Civil Veterinary Department. United Provinces 1912-22 - 1912-1922
Year: 1912
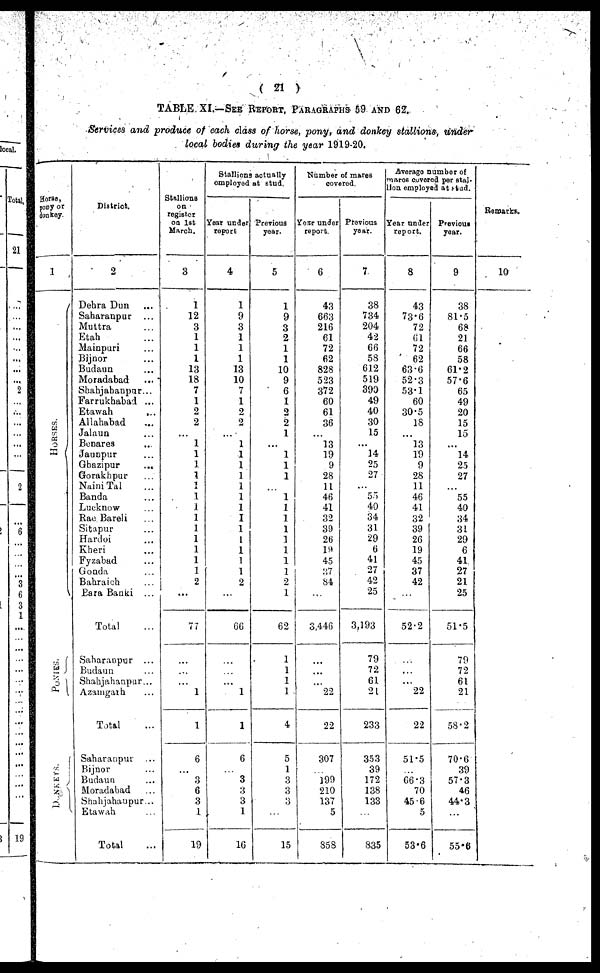
(21)
TABLE XI.—SEE REPORT, PARAGRAPHS 59 AND 62.
Services and produce of each class of horse, pony, and donkey stallions, under
local bodies during the year 1919-20.
Horse,
pony or
donkey
1
HORSES.
PONIES.
DONKEY
District.
2
Dehra Dun ...
Saharanpur ...
Muttra
...
Etah
...
Mainpuri ...
Bijnor ...
Budaun ...
Moradabad ...
Shahjahanpar ...
Farrukhabad ...
Etawah ...
Allahabad ...
Jalaun ...
Benares ...
Jaunpur ...
Ghazipur
...
Gorakhpur ...
Naini Tal ...
Banda ...
Lucknow ...
Rae Bareli ...
Sitapur ...
Hardoi ...
Kheri ...
Fyzabad ...
Gonda ...
Bahraich ...
Bara Banki ...
Total ...
Saharanpur ....
Budaun ...
Shahjahanpur...
Azamgarh ...
Total
...
Saharanpur ...
Bijnor ...
Budaun ...
Moradabad ...
Shahjahadpur...
Etawah ...
Total ...
Stallions
on
register
on 1st
March.
3
1
12
3
1
1
1
13
18
7
1
2
2
...
1
1
1
...
...
1
1
1
1
1
1
1
2
...
77
...
...
...
...
...
6
...
3
6
3
1
19
Stallions actually
employed at stud.
Year under
roport
4
1
9
3
1
1
1
13
10
7
1
2
2
...
1
1
1
1
1
1
1
I
1
1
1
1
1
2
...
66
...
...
...
1
1
6
...
3
3
3
1
16
Previous
year.
5
1
9
3
2
1
1
10
9
6
1
2
2
1
...
1
1
1
...
1
1
1
1
1
1
1
1
2
1
62
1
1
1
1
4
5
1
3
3
3
15
Number of mares
coverod
Year under
report
6
43
663
216
61
72
62
828
523
372
60
61
36
...
13
19
9
28
11
46
41
32
39
26
19
45
37
84
...
3,446
...
...
...
22
22
307
...
199
210
137
5
358
Previous
year.
7
38
734
204
42
66
58
612
519
390
49
40
30
15
14
25
27
55
40
34
31
29
6
41
27
42
25
3,193
79
72
61
21
233
353
39
172
138
133
...
835
Average number of
mares covered per stal.
lion employed at stud.
Year under
report.
8
43
73.6
72
61
72
62
63.6
52.3
53.1
60
30.5
18
...
13
19
9
28
11
46
41
32
39
26
19
45
37
42
...
52.2
...
...
22
22
51.5
...
66.3
70
45.6
5
53.6
Previous
year.
9
38
81.5
68
21
66
58
61.2
57.6
65
49
20
15
15
...
14
25
27
55
40
34
31
29
6
41
27
21
25
51.5
79
72
61
21
58.2
70.6
39
57.3
46
44.3
...
55.6
Remarks.
10